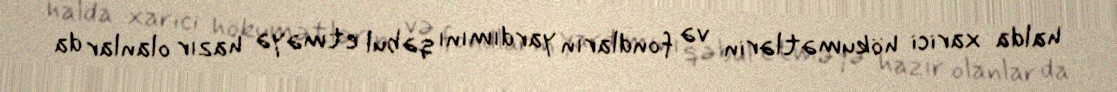
halda xarici hökumətlərin və fondların yardımını qəbul etməyə hazır olanlar da